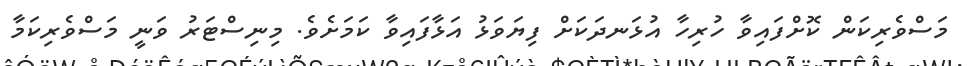
މަސްވެރިކަން ކޮށްފައިވާ ހުރިހާ އުޅަނދަކަށް ފިޔަވަޅު އަޅާފައިވާ ކަމަށެވެ. މިނިސްޓަރު ވަނީ މަސްވެރިކަމާ